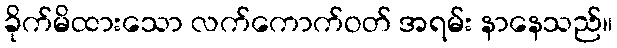
ခိုက်မိထားသော လက်ကောက်ဝတ် အရမ်း နာနေသည်။